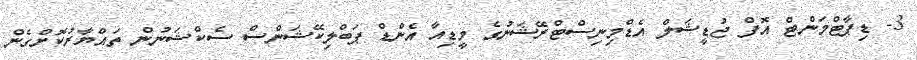
3- ޑިޕާޓްމަންޓް އޮފް ޖުޑީޝަލް އެޑްމިނިސްޓްރޭޝަނުގެ މީޑިއާ އެންޑް ޕަބްލިކޭޝަންސް ސެކްޝަނުން ތައްޔާރުކޮށްގެން